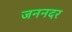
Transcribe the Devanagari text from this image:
जननदर